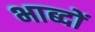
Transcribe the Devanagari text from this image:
भाब्दों